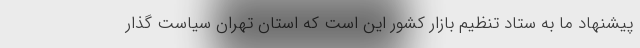
پیشنهاد ما به ستاد تنظیم بازار کشور این است که استان تهران سیاست گذار